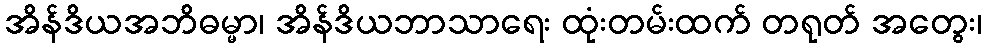
အိန်ဒိယအဘိဓမ္မာ၊ အိန်ဒိယဘာသာရေး ထုံးတမ်းထက် တရုတ် အတွေး၊